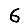
Digit: 6